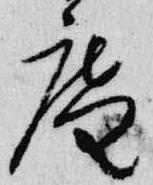
庵